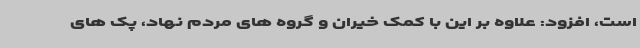
است، افزود: علاوه بر این با کمک خیران و گروه های مردم نهاد، پک های